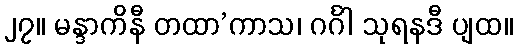
၂၇။ မန္ဒာကိနီ တထာ’ကာသ၊ ဂင်္ဂါ သုရနဒီ ပျထ။